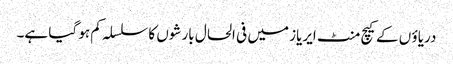
دریاؤ ں کے کیچ منٹ ایریاز میں فی الحال بارشوں کا سلسلہ کم ہو گیا ہے۔